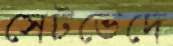
সেটভেদে